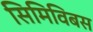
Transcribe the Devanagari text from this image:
सिमिविबस